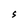
Character: S